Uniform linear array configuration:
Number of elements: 64
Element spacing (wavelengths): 0.5
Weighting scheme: uniform
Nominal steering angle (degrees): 60
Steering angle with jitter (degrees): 59.51
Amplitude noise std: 0.05
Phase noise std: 0.05

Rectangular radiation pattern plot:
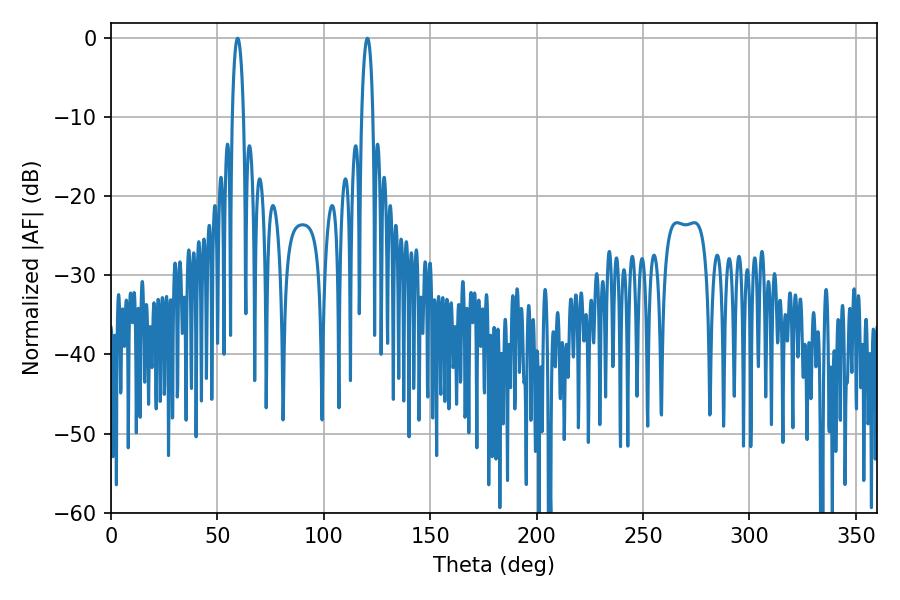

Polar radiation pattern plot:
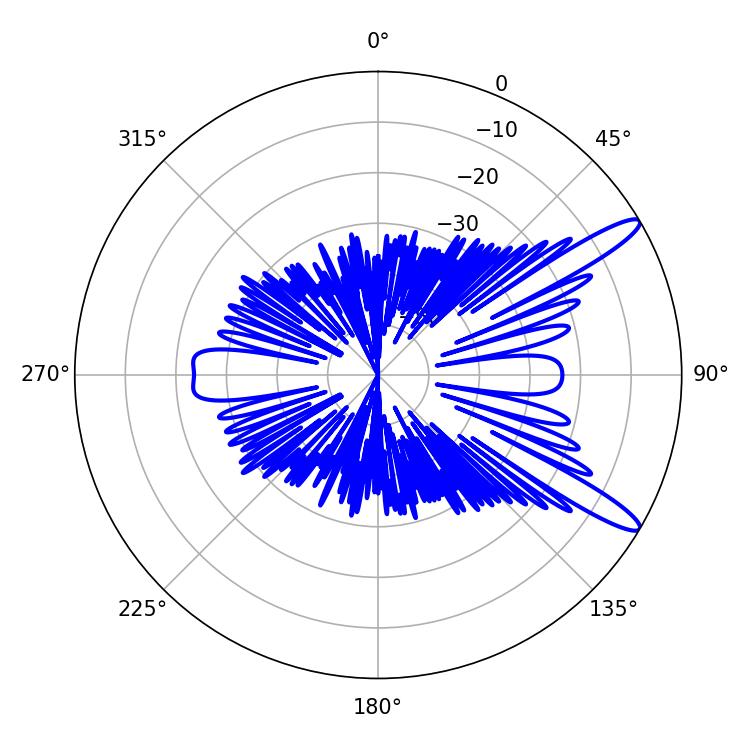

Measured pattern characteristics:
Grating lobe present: FALSE
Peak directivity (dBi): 12.821
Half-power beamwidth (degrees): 2.88
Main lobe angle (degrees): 120.42